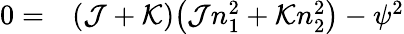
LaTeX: \begin{array}{rl}{0=}&{{}(\mathcal{J}+\mathcal{K})\big(\mathcal{J}n_{1}^{2}+\mathcal{K}n_{2}^{2}\big)-\psi^{2}}\end{array}